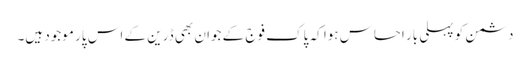
دشمن کو پہلی بار احساس ہوا کہ پاک فوج کے جوان بھی ڈرین کے اس پار موجود ہیں۔